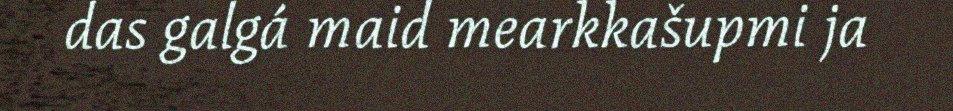
das galgá maid mearkkašupmi ja